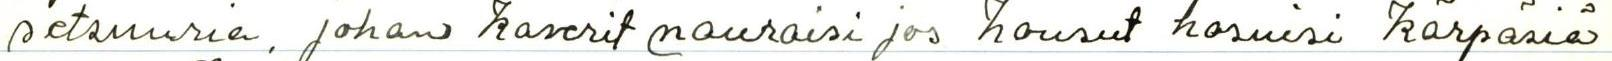
setsuuria, johan kaverit nauraisi jos housut hosuisi kärpäsiä